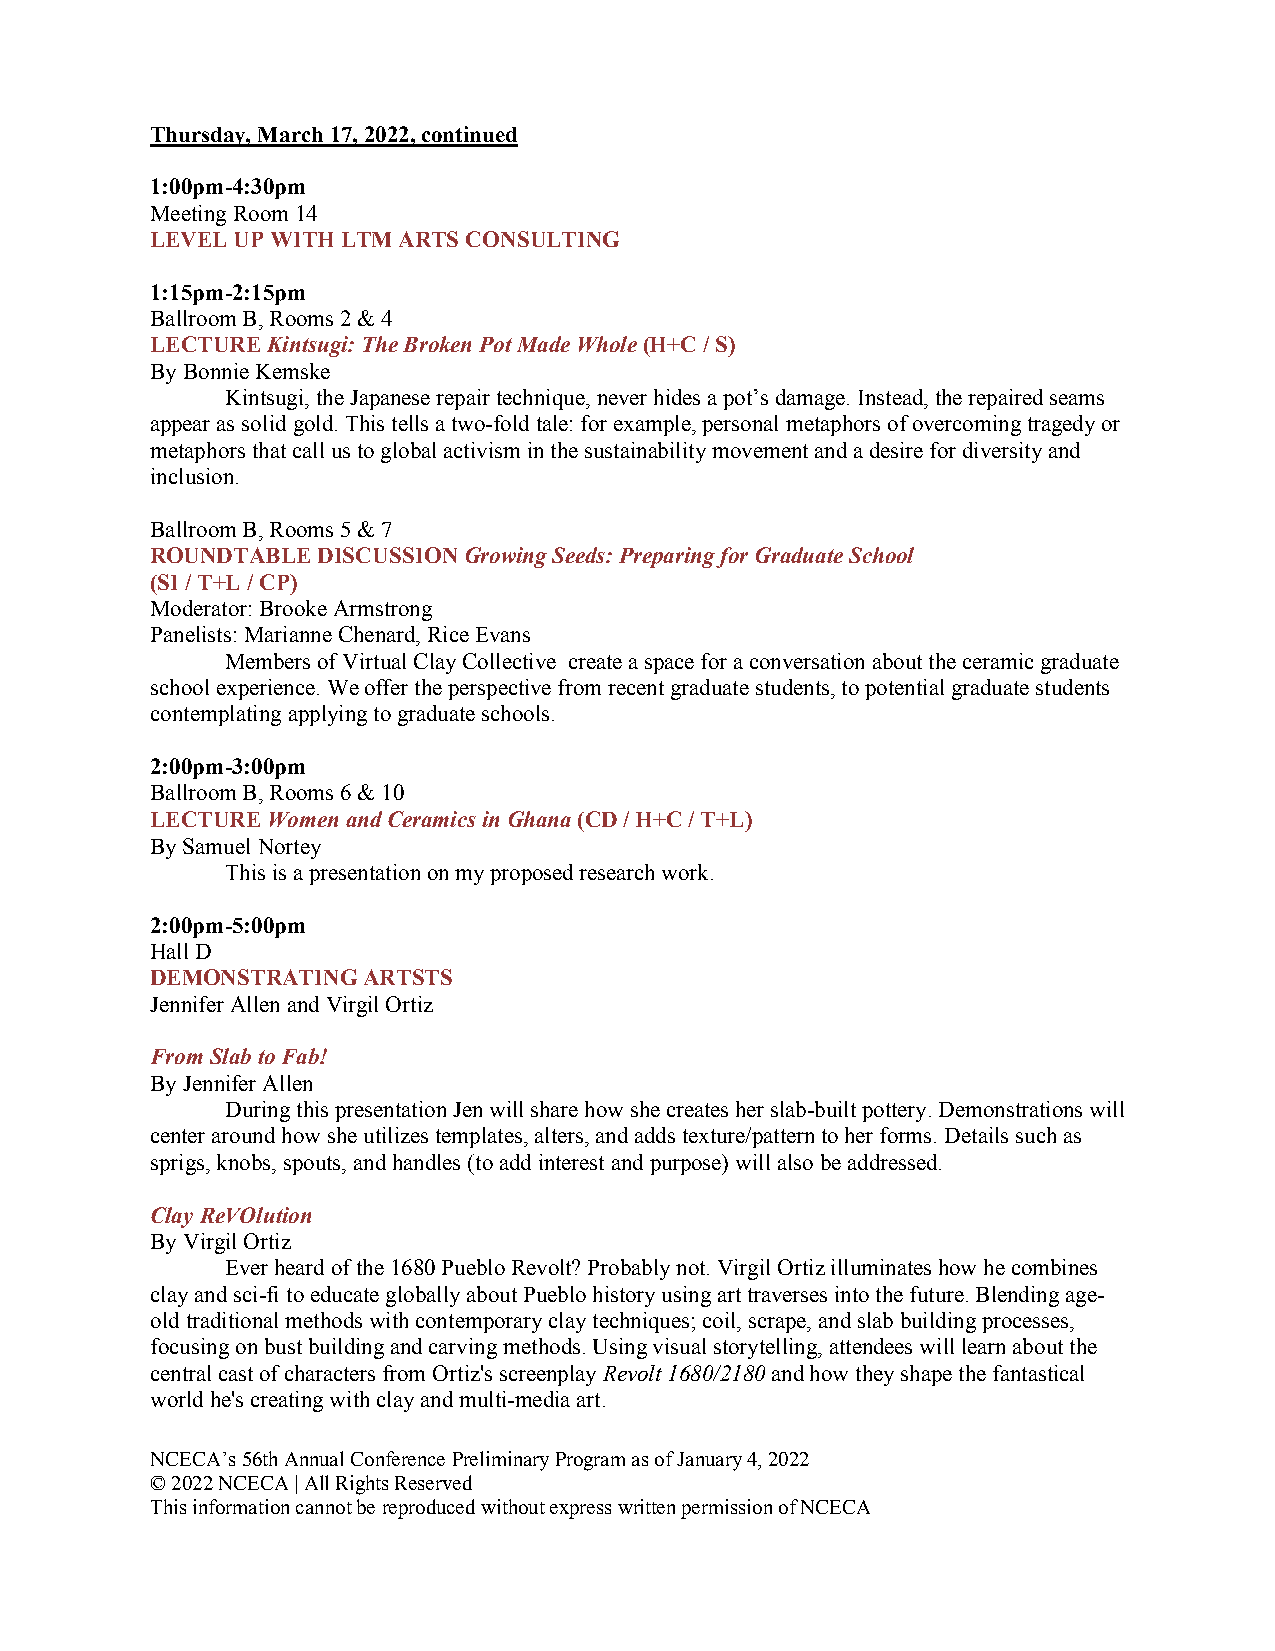
Thursday, March 17, 2022, continued
 1:00pm-4:30pm
 Meeting Room 14
 LEVEL UP WITH LTM ARTS CONSULTING
 1:15pm-2:15pm
 Ballroom B, Rooms 2 & 4
 LECTURE Kintsugi: The Broken Pot Made Whole (H+C / S)
 By Bonnie Kemske
 Kintsugi, the Japanese repair technique, never hides a pot’s damage. Instead, the repaired seams
 appear as solid gold. This tells a two-fold tale: for example, personal metaphors of overcoming tragedy or
 metaphors that call us to global activism in the sustainability movement and a desire for diversity and
 inclusion.
 Ballroom B, Rooms 5 & 7
 ROUNDTABLE DISCUSSION Growing Seeds: Preparing for Graduate School
 (SI / T+L / CP)
 Moderator: Brooke Armstrong
 Panelists: Marianne Chenard, Rice Evans
 Members of Virtual Clay Collective create a space for a conversation about the ceramic graduate
 school experience. We offer the perspective from recent graduate students, to potential graduate students
 contemplating applying to graduate schools.
 2:00pm-3:00pm
 Ballroom B, Rooms 6 & 10
 LECTURE Women and Ceramics in Ghana (CD / H+C / T+L)
 By Samuel Nortey
 This is a presentation on my proposed research work.
 2:00pm-5:00pm
 Hall D
 DEMONSTRATING ARTSTS
 Jennifer Allen and Virgil Ortiz
 From Slab to Fab!
 By Jennifer Allen
 During this presentation Jen will share how she creates her slab-built pottery. Demonstrations will
 center around how she utilizes templates, alters, and adds texture/pattern to her forms. Details such as
 sprigs, knobs, spouts, and handles (to add interest and purpose) will also be addressed.
 Clay ReVOlution
 By Virgil Ortiz
 Ever heard of the 1680 Pueblo Revolt? Probably not. Virgil Ortiz illuminates how he combines
 clay and sci-fi to educate globally about Pueblo history using art traverses into the future. Blending age-
 old traditional methods with contemporary clay techniques; coil, scrape, and slab building processes,
 focusing on bust building and carving methods. Using visual storytelling, attendees will learn about the
 central cast of characters from Ortiz's screenplay Revolt 1680/2180 and how they shape the fantastical
 world he's creating with clay and multi-media art.
 NCECA’s 56th Annual Conference Preliminary Program as of January 4, 2022
 © 2022 NCECA | All Rights Reserved
 This information cannot be reproduced without express written permission of NCECA